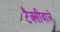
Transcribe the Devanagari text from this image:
टैक्सीवाले